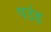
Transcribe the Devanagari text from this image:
पउंड